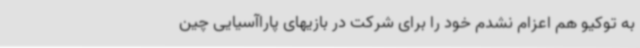
به توکیو هم اعزام نشدم خود را برای شرکت در بازیهای پاراآسیایی چین